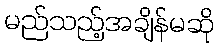
မည်သည့်အချိန်မဆို